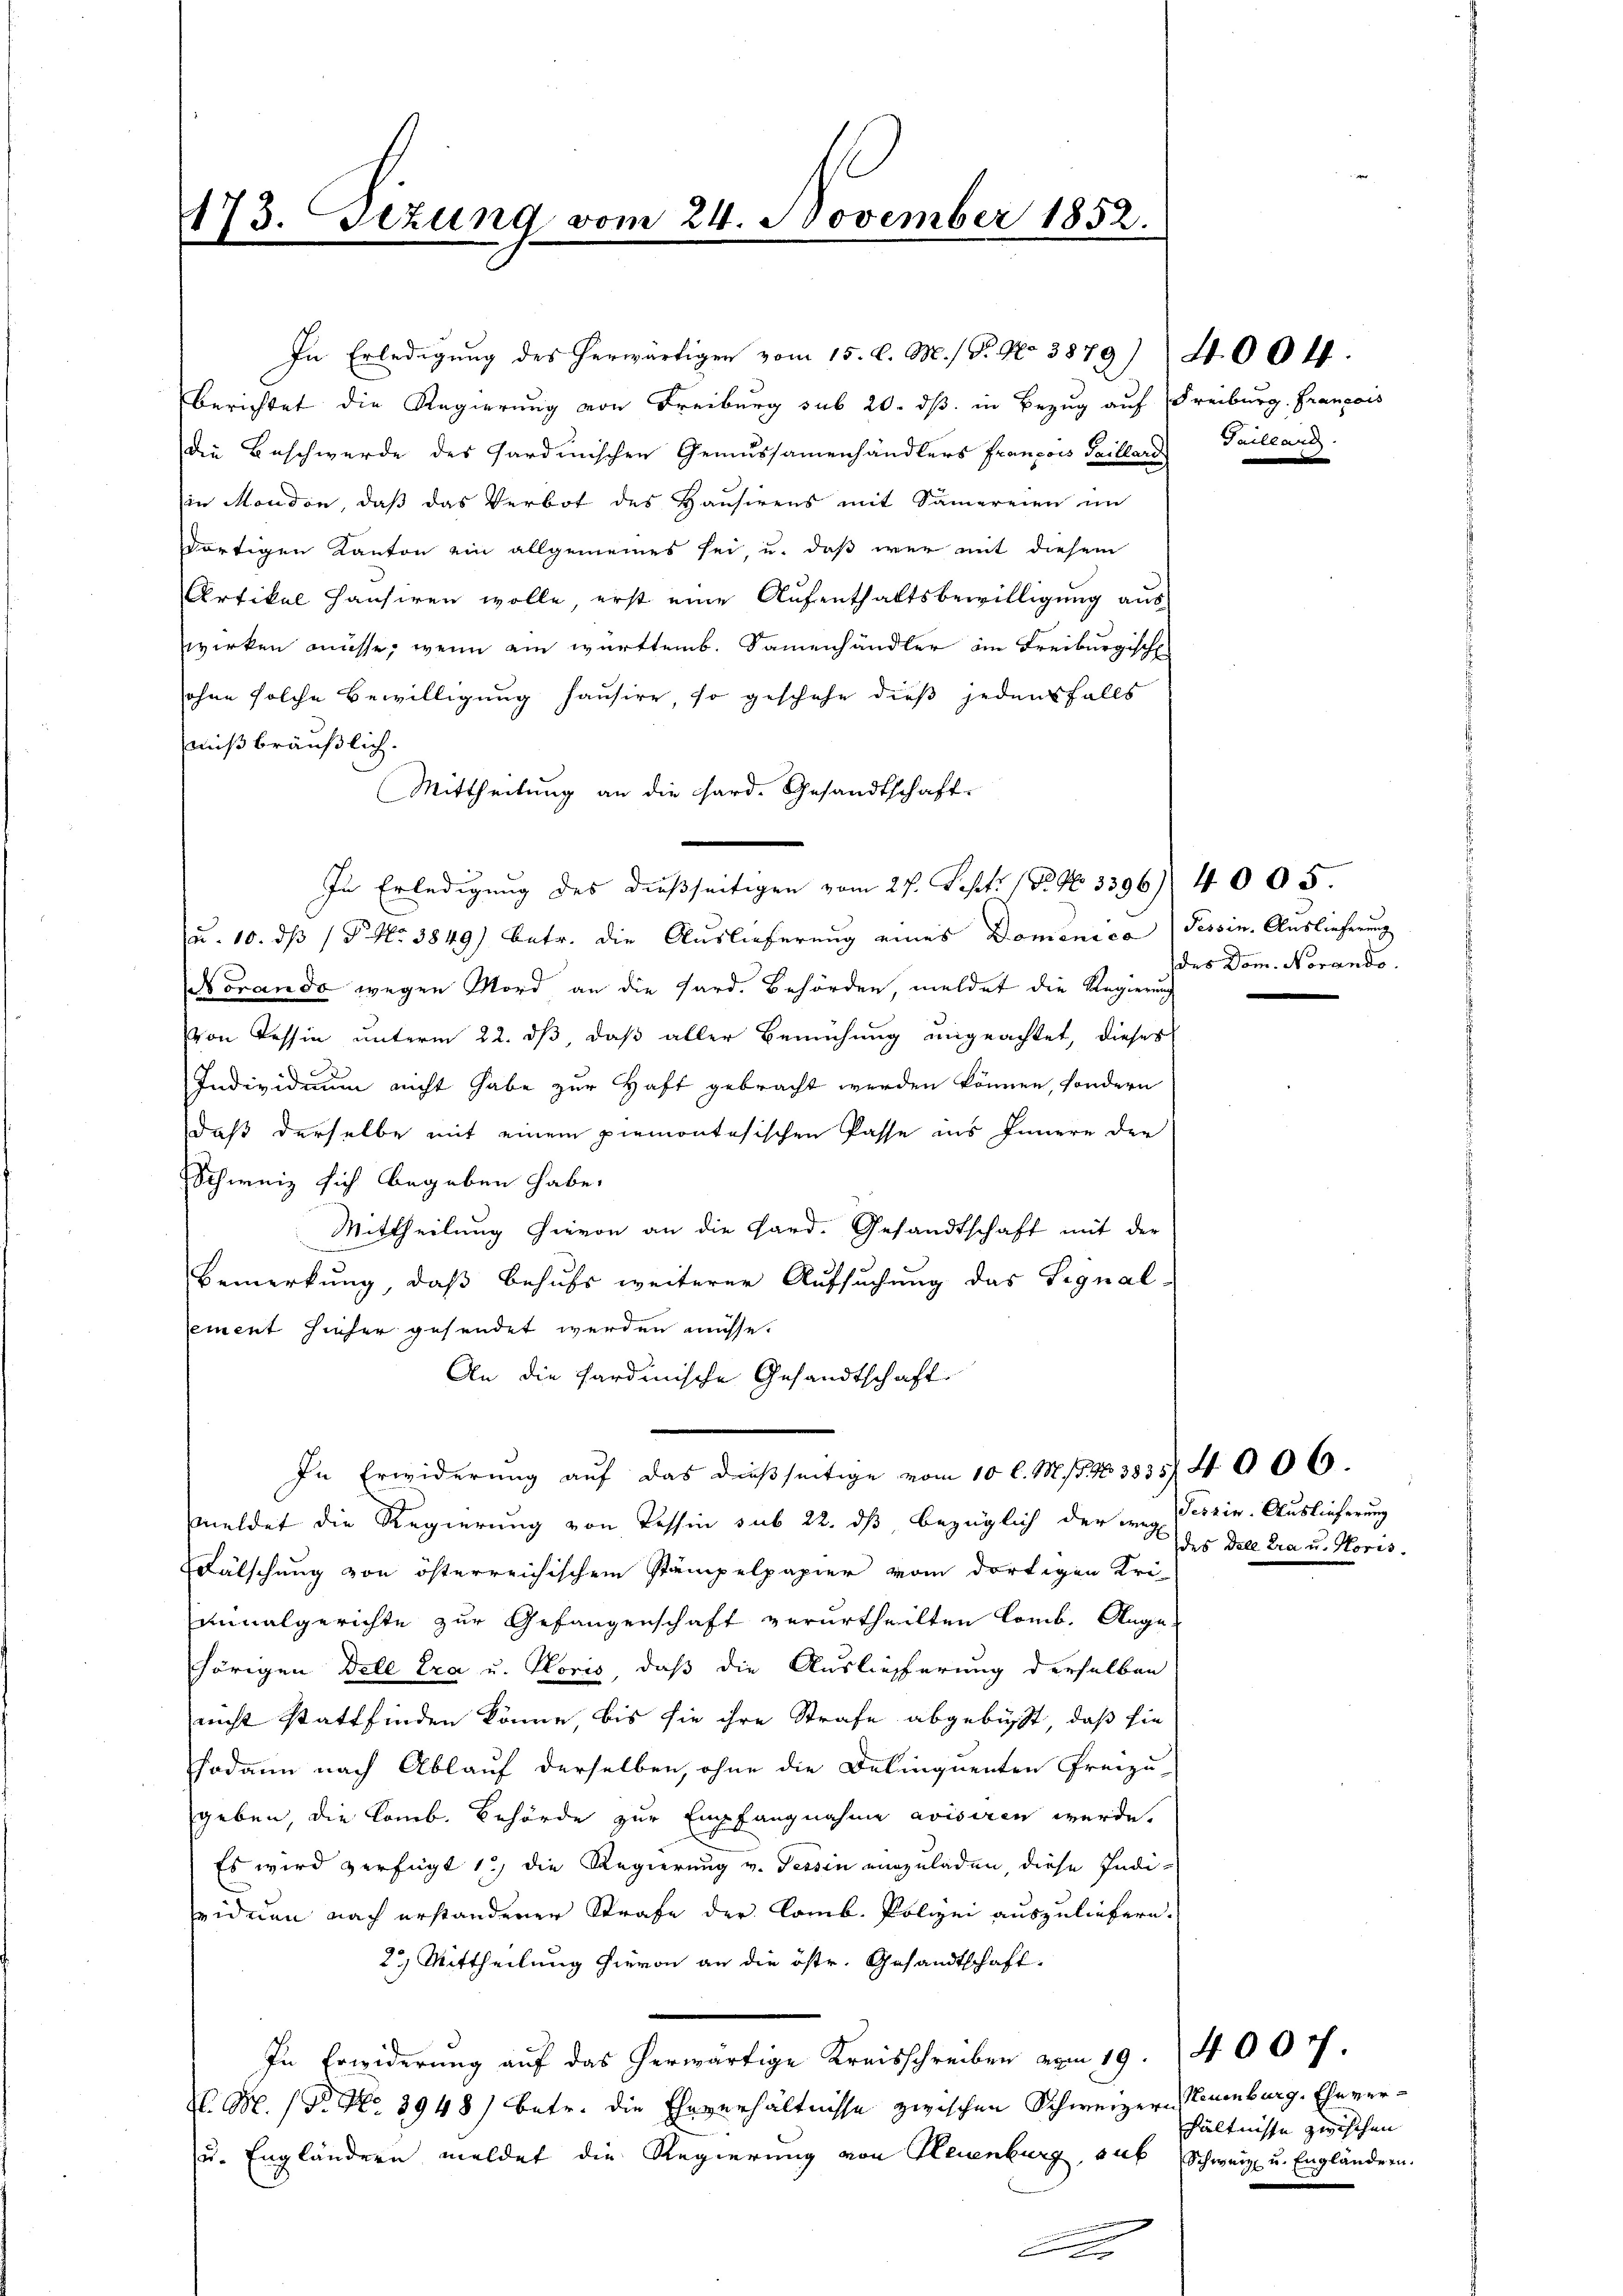
173. Sezung vom 24. November 1852.
f

In Erledigung des herwärtigen vom 15. d. M. / P. No 3879) 400 ff.
Berichtet die Regierung von Freiburg sub 20. dß in Bezug auf Freiburg. Francois
die Beschwerde des Hardinischen Gemässamenhändlers François Gaillard Gaillard.
in Moudon, daß das Verbot des Hausirens mit Samereien im
dortigen Kanton ein allgemeines sei, u. daß wer mit diesem
Artikal hausiren wolle, erst eine Aufenthaltsbewilligung aus
wirken müsse, wenn ein württemb. Sammenhändler im Freiburgisch
ohne solche Bewilligung hausire, so geschehe dieß jedensfalls
mißbräußlich.
Mittheilung an die Hard. Gesandtschaft.
In Erledigung des dießseitigen vom 27. Sept. 18. No. 3396), 4005.
u. 10. ds P. Nr. 3849) betr. die Auslieferung eines Domenica, Tessin. Auslieferung
Norando wegen Mord an die Sard. Behörden, meldet die Regierung
von Tessin unterm 22. ds, daß aller Bemühung ungeachtet, dieses
Individuum nicht habe zur Haft gebracht werden können, sondern
daß derselbe mit einem piemontesischen Pässe ins Innern der
Schweiz sich begeben habe.
Mittheilung hievon an die Hard. Gesandtschaft mit der
Bemerkung, daß behufs weiterer Aufsuchung das Signal-
Cement hieher gesendet werden müsse.
An die sardinische Gesandtschaft
In Erwiderung auf das dießseitige vom 10 l. M. 154. 38354006.
meldet die Regierung von Tessin sub 22. ds bezüglich der und Tessin. Auslieferung
Fälschung von österreichischen Stämpelpapier vom dortigen Uriminalgerichte zur Gefangenschaft verurtheilten Comb. Auge
hörigen Dele Era u. Gloris, daß die Auslieferung derselben
nicht stattfinden könne, bis sie ihre Strafe abgebüsst, daß sie
sodann nach Ablauf derselben, ohne die Delinquenten Freizu-
geben, die Comb. Behörde zur Empfangnahme avisiren werde.
Es wird verfügt 1, die Regierung v. Tessin einzuladen, diese Indi-
viduen nach erstandener Strafe der Comb. Polizei auszuliefern.
2.) Mittheilung hievon an die östr. Gesandtschaft.
In Erwiderung auf das herwärtige Kreisschreiben vom 19. 4007.
H. M. / Dr. No 3948) betr. die Eheverhältnisse zwischen Schweizern Neuenburg. Ehe ver¬
u. Engländern meldet die Regierung von Neuenburg, sub Schweiz u. Engländern.
.

des Dom. Norando.

des Dele tra u. Horis.

hältnisse zwischen